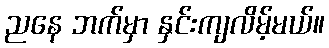
ညနေ ဘက်မှာ နှင်းကျလိမ့်မယ်။